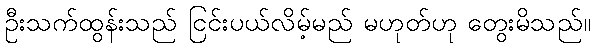
ဦးသက်ထွန်းသည် ငြင်းပယ်လိမ့်မည် မဟုတ်ဟု တွေးမိသည်။